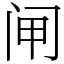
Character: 闸